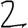
Digit: 2